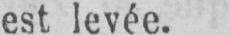
est levée.